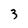
Character: 3